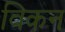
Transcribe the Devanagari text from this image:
विकन